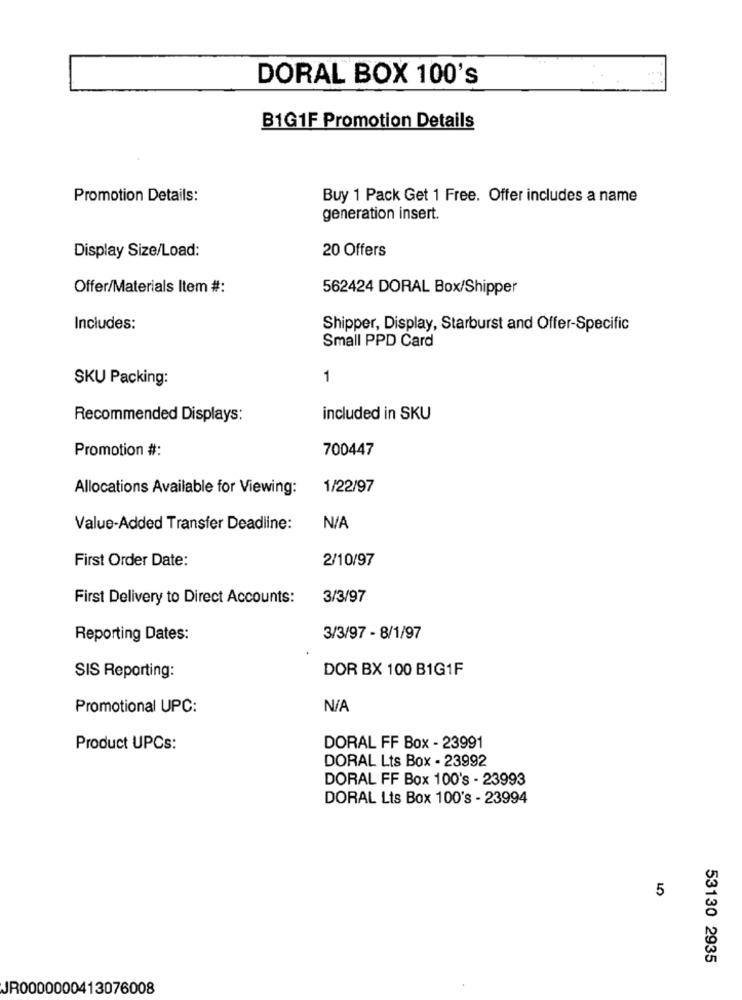
DORAL BOX 100's
B1G1F Promotion Details
Promotion Details:
Buy 1 Pack Get 1 Free. Offer includes a name
generation insert.
Display Size/Load:
20 Offers
Offer/Materials Item #:
562424 DORAL Box/Shipper
Includes:
Shipper, Display, Starburst and Offer-Specific
Small PPD Card
SKU Packing:
1
Recommended Displays:
included in SKU
Promotion #:
700447
Allocations Available for Viewing:
1/22/97
Value-Added Transfer Deadline:
First Order Date:
2/10/97
First Delivery to Direct Accounts:
3/3/97
Reporting Dates:
3/3/97 - 8/1/97
DOR BX 100 B1G1F
SIS Reporting:
Promotional UPC:
Product UPCs:
DORAL FF Box - 23991
DORAL Lts Box - 23992
DORAL FF Box 100's - 23993
DORAL Lts Box 100's - 23994
5
53130 2935
JR0000000413076008